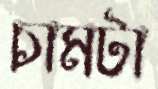
চামটা